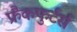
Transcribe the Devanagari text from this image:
फ्रैंकफुर्टर्स